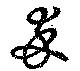
卒